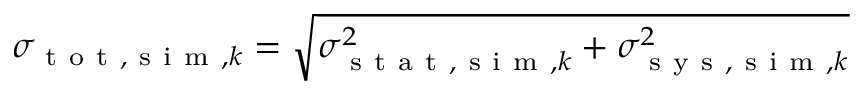
\sigma _ { \mathrm { ~ t ~ o ~ t ~ } , \mathrm { ~ s ~ i ~ m ~ } , k } = \sqrt { \sigma _ { \mathrm { ~ s ~ t ~ a ~ t ~ } , \mathrm { ~ s ~ i ~ m ~ } , k } ^ { 2 } + \sigma _ { \mathrm { ~ s ~ y ~ s ~ } , \mathrm { ~ s ~ i ~ m ~ } , k } ^ { 2 } }